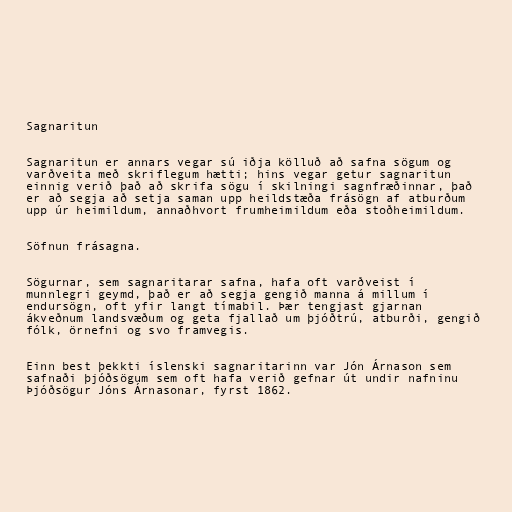
Sagnaritun

Sagnaritun er annars vegar sú iðja kölluð að safna sögum og
varðveita með skriflegum hætti; hins vegar getur sagnaritun
einnig verið það að skrifa sögu í skilningi sagnfræðinnar, það
er að segja að setja saman upp heildstæða frásögn af atburðum
upp úr heimildum, annaðhvort frumheimildum eða stoðheimildum.

Söfnun frásagna.

Sögurnar, sem sagnaritarar safna, hafa oft varðveist í
munnlegri geymd, það er að segja gengið manna á millum í
endursögn, oft yfir langt tímabil. Þær tengjast gjarnan
ákveðnum landsvæðum og geta fjallað um þjóðtrú, atburði, gengið
fólk, örnefni og svo framvegis.

Einn best þekkti íslenski sagnaritarinn var Jón Árnason sem
safnaði þjóðsögum sem oft hafa verið gefnar út undir nafninu
Þjóðsögur Jóns Árnasonar, fyrst 1862.